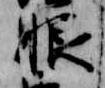
眼